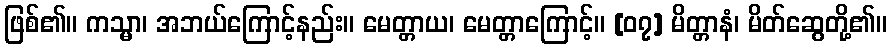
ဖြစ်၏။ ကသ္မာ၊ အဘယ်ကြောင့်နည်း။ မေတ္တာယ၊ မေတ္တာကြောင့်။ [၀၇] မိတ္တာနံ၊ မိတ်ဆွေတို့၏။